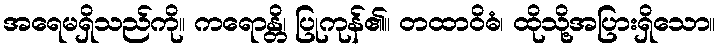
အရေမရှိသည်ကို။ ကရောန္တိ၊ ပြုကုန်၏။ တထာဝိဓံ၊ ထိုသို့အပြားရှိသော။